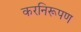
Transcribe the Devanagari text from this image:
करनिरूपण